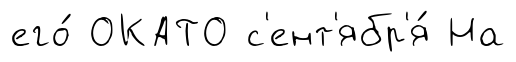
его́ ОКАТО с'ент'ябр'я́ На